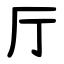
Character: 厅